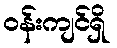
ဝန်းကျင်ရှိ